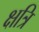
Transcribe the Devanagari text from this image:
क्षत्रि